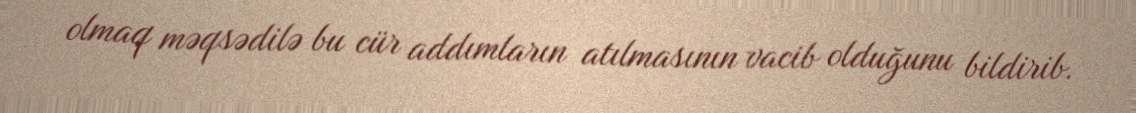
olmaq məqsədilə bu cür addımların atılmasının vacib olduğunu bildirib.